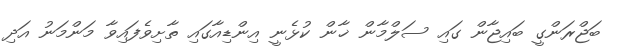
ބަޖްރަންގީ ބައިޖާން ގައި ސަލްމާން ޚާން ކުޅެނީ އިންޑިއާގައި ތާށިވެފައިވާ މަންމަނު އަދި